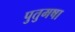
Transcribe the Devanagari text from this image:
पुतुमषा